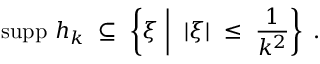
\mathrm { s u p p } \ h _ { k } \ \subseteq \ \left\{ \xi \biggm | \ | \xi | \ \leq \ \frac { 1 } { k ^ { 2 } } \right\} \ .